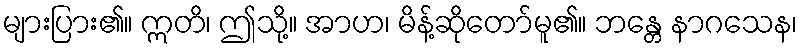
များပြား၏။ ဣတိ၊ ဤသို့။ အာဟ၊ မိန့်ဆိုတော်မူ၏။ ဘန္တေ နာဂသေန၊